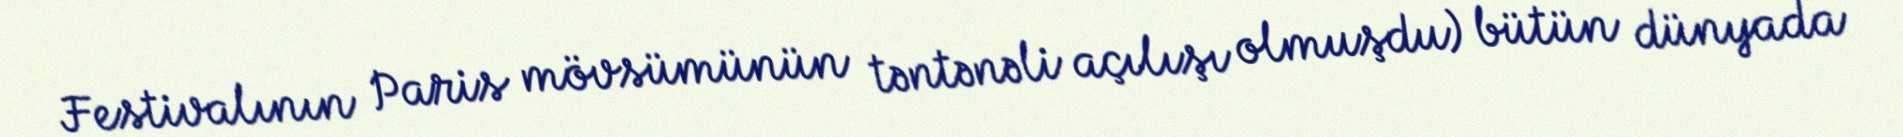
Festivalının Paris mövsümünün təntənəli açılışı olmuşdu) bütün dünyada